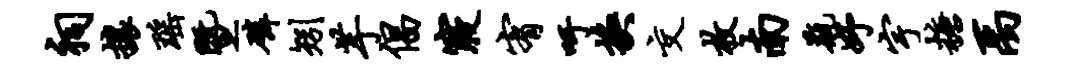
祠攘瑶暨磷矧芋倡寝宥吁换交枚南瓶妤宇糖禹